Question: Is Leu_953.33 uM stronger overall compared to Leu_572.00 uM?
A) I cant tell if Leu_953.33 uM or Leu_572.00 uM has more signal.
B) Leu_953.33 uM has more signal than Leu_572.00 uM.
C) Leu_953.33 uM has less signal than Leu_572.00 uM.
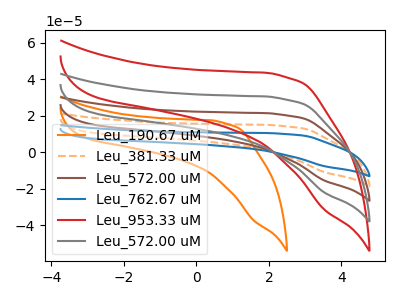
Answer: <think>The orange curve "Leu_190.67 uM" has no peaks. The orange dashed curve "Leu_381.33 uM" has no peaks. The brown curve "Leu_572.00 uM" has no peaks. The blue curve "Leu_762.67 uM" has no peaks. The red curve "Leu_953.33 uM" has no peaks. The gray curve "Leu_572.00 uM" has no peaks.
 Neither "Leu_953.33 uM" or "Leu_572.00 uM" have any peaks.</think>
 <answer>A) I cant tell if "Leu_953.33 uM" or "Leu_572.00 uM" has more signal.</answer>
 <eval>A</eval>